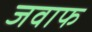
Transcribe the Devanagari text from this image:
जवाफ